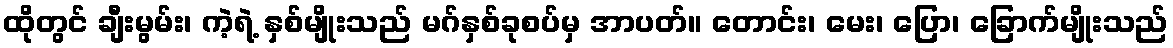
ထိုတွင် ချီးမွမ်း၊ ကဲ့ရဲ့ နှစ်မျိုးသည် မဂ်နှစ်ခုစပ်မှ အာပတ်။ တောင်း၊ မေး၊ ပြော၊ ခြောက်မျိုးသည်